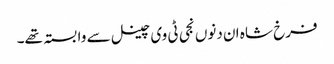
فرخ شاہ ان دنوں نجی ٹی وی چینل سے وابستہ تھے۔